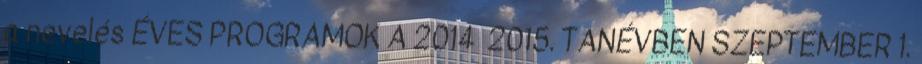
a nevelés ÉVES PROGRAMOK A 2014 2015. TANÉVBEN SZEPTEMBER 1.